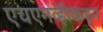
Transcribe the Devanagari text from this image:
एचएमव्हीकडून